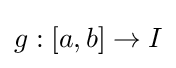
g:[a,b]\to I